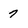
Character: 7